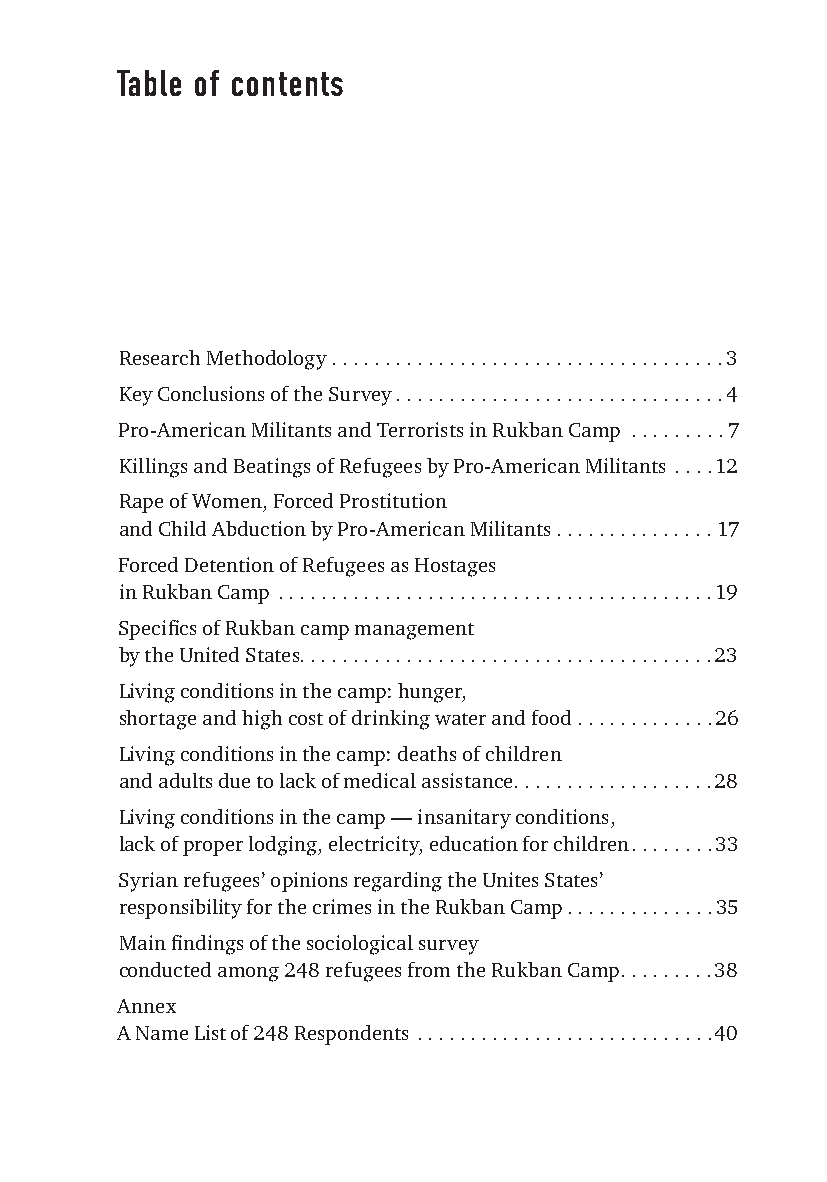
Table of contents
 Research Methodology . . . . . . . . . . . . . . . . . . . . . . . . . . . . . . . . . . . . .3
 Key Conclusions of the Survey . . . . . . . . . . . . . . . . . . . . . . . . . . . . . . .4
 Pro-American Militants and Terrorists in Rukban Camp . . . . . . . . .7
 Killings and Beatings of Refugees by Pro-American Militants . . . .12
 Rape of Women, Forced Prostitution
 and Child Abduction by Pro-American Militants . . . . . . . . . . . . . . . 17
 Forced Detention of Refugees as Hostages
 in Rukban Camp . . . . . . . . . . . . . . . . . . . . . . . . . . . . . . . . . . . . . . . . .19
 Specifi cs of Rukban camp management
 by the United States . . . . . . . . . . . . . . . . . . . . . . . . . . . . . . . . . . . . . . .23
 Living conditions in the camp: hunger,
 shortage and high cost of drinking water and food . . . . . . . . . . . . .26
 Living conditions in the camp: deaths of children
 and adults due to lack of medical assistance . . . . . . . . . . . . . . . . . . .28
 Living conditions in the camp — insanitary conditions,
 lack of proper lodging, electricity, education for children . . . . . . . .33
 Syrian refugees’ opinions regarding the Unites States’
 responsibility for the crimes in the Rukban Camp . . . . . . . . . . . . . .35
 Main fi ndings of the sociological survey
 conducted among 248 refugees from the Rukban Camp . . . . . . . . .38
 Annex
 A Name List of 248 Respondents . . . . . . . . . . . . . . . . . . . . . . . . . . . .40